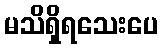
မသိရှိရသေးပေ